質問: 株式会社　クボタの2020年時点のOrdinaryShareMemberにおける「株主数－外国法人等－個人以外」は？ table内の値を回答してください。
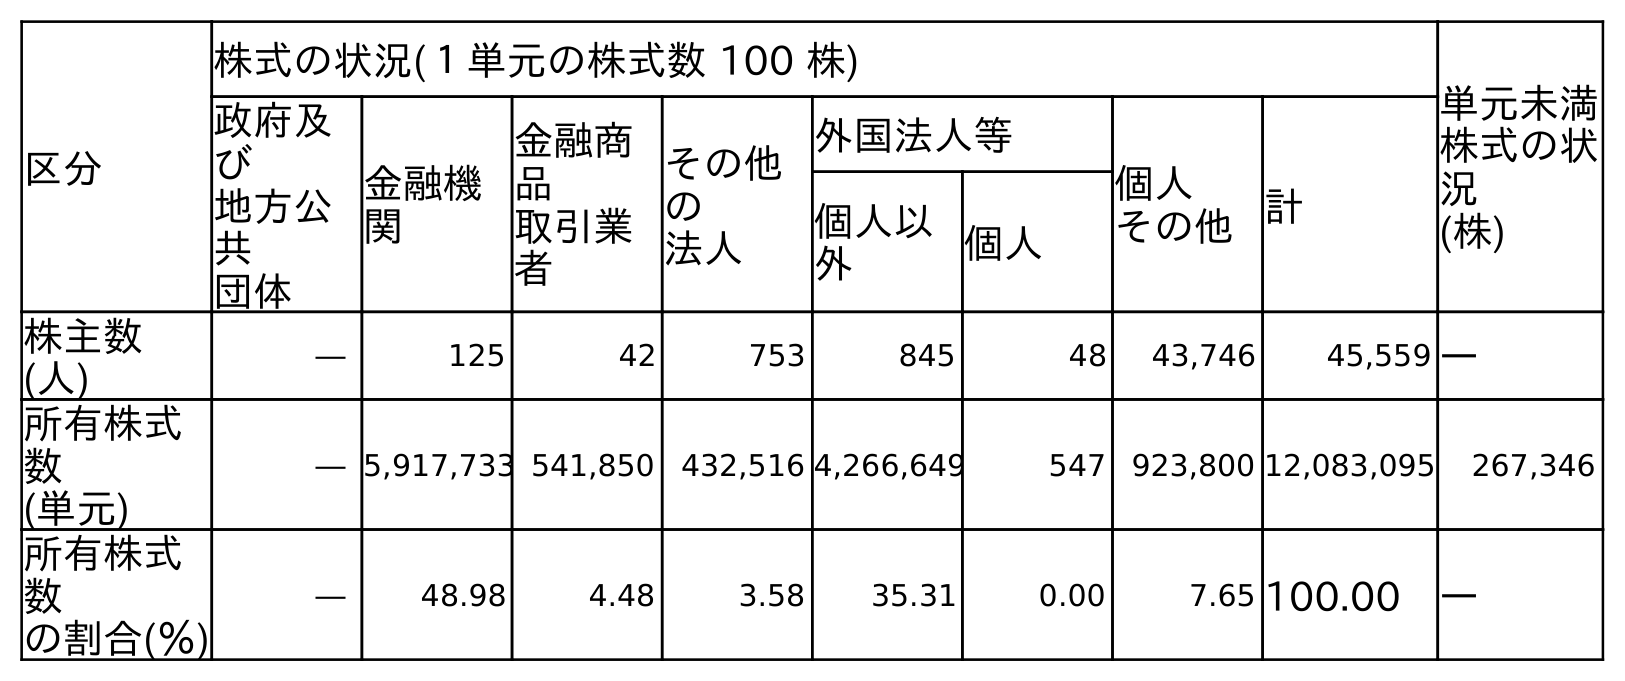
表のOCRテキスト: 区分 株式の状況(１単元の株式数 100 株) 単元未満 株式の状 況 (株) 政府及 び 地方公 共 団体 金融機 関 金融商 品 取引業 者 その他 の 法人 外国法人等 個人 その他計 個人以 外 個人 株主数 (人) ― 125 42 753 845 48 43,746 45,559 ― 所有株式 数 (単元) ― 5,917,733 541,850 432,516 4,266,649 547 923,800 12,083,095 267,346 所有株式 数 の割合(％) ― 48.98 4.48 3.58 35.31 0.00 7.65 100.00 ―
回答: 845